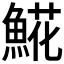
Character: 𩸽